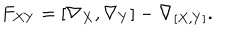
LaTeX: F _ { X Y } = [ \nabla _ { X } , \nabla _ { Y } ] - \nabla _ { [ X , Y ] } .